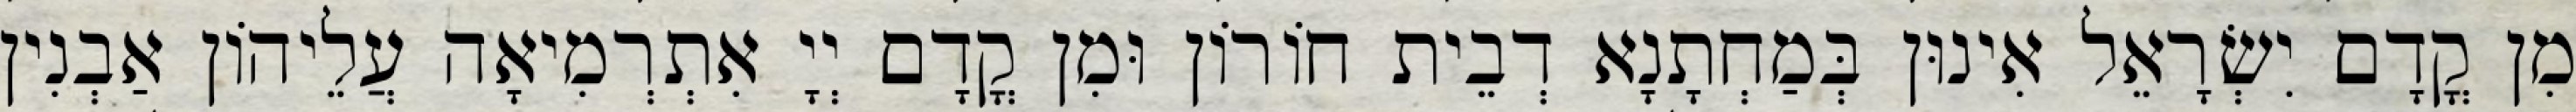
מִן קֳדָם יִשְׂרָאֵל אִינוּן בְּמַחְתָנָא דְבֵית חוֹרוֹן וּמִן קֳדָם יְיָ אִתְרְמִיאָה עֲלֵיהוֹן אַבְנִין